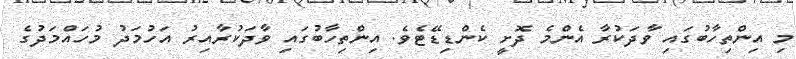
މި އިންތިހާބުގައި ވާދަކުރާ އެންމެ ދޮށީ ކެންޑިޑޭޓެވެ. އިންތިހާބުގައި ވާދަކުރާއިރު އަހުމަދު މުހައްމަދުގެ